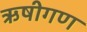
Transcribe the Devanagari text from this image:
ऋषीगण